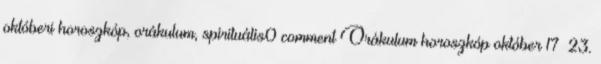
októberi horoszkóp, orákulum, spirituális0 comment Orákulum horoszkóp október 17–23.